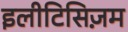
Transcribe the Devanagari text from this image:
इलीटिसिज़म